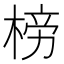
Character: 𣓲